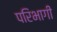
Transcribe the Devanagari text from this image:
परिभागी